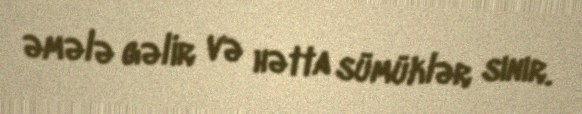
əmələ gəlir və hətta sümüklər sınır.